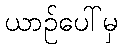
ယာဉ်ပေါ်မှ